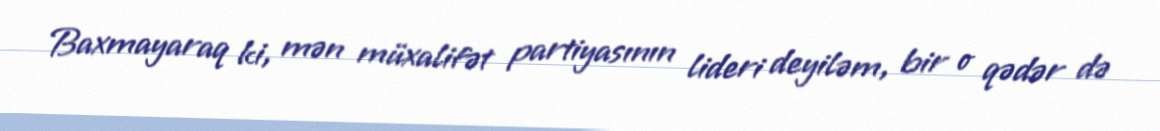
Baxmayaraq ki, mən müxalifət partiyasının lideri deyiləm, bir o qədər də